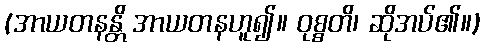
(အာယတနန္တိ အာယတနဟူ၍။ ဝုစ္စတိ၊ ဆိုအပ်၏။)